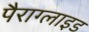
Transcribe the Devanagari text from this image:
पैराग्लाइड